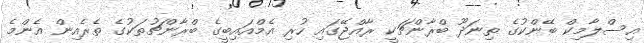
އިސްލާމިކް ބޭންކުގެ ތިނަދޫ ބްރާންޗަކީ ރާއްޖޭގައި ހުރި އެމްއައިބީގެ ބްރާންޗުތަކުގެ ތެރެއިން އެންމެ